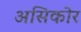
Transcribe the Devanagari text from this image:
असिकोर